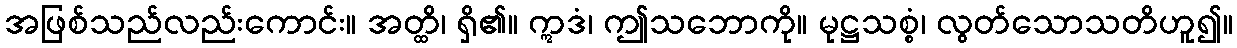
အဖြစ်သည်လည်းကောင်း။ အတ္ထိ၊ ရှိ၏။ ဣဒံ၊ ဤသဘောကို။ မုဋ္ဌသစ္စံ၊ လွတ်သောသတိဟူ၍။